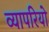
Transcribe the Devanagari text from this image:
व्यापरियो